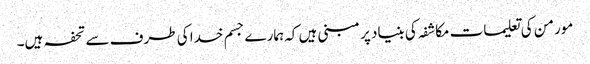
مورمن کی تعلیمات مکاشفہ کی بنیاد پر مبنی ہیں کہ ہمارے جسم خدا کی طرف سے تحفہ ہیں۔